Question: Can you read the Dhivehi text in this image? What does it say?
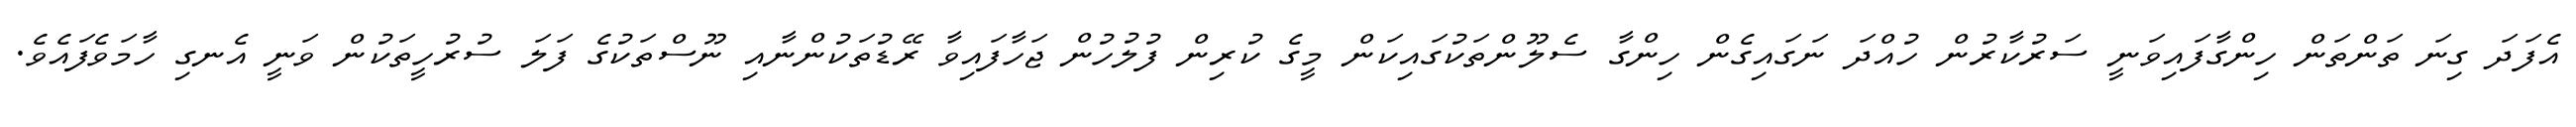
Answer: އެފަދަ ގިނަ ތަންތަން ހިންގާފައިވަނީ ސަރުކާރުން ހުއްދަ ނަގައިގެން ހިންގާ ސެލޫންތަކުގައިކަން މީގެ ކުރިން ފުލުހުން ޖަހާފައިވާ ރޭޑުތަކުންނާއި ނޫސްތަކުގެ ފަލަ ސުރުހީތަކުން ވަނީ އެނގި ހާމަވެފައެވެ.